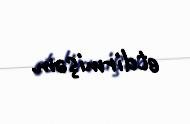
etdirmişəm.